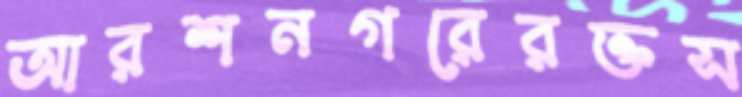
আরশনগরেরক্তস